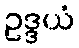
ဥဒ္ဒယံ